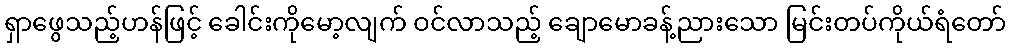
ရှာဖွေသည့်ဟန်ဖြင့် ခေါင်းကိုမော့လျက် ဝင်လာသည့် ချောမောခန့်ညားသော မြင်းတပ်ကိုယ်ရံတော်